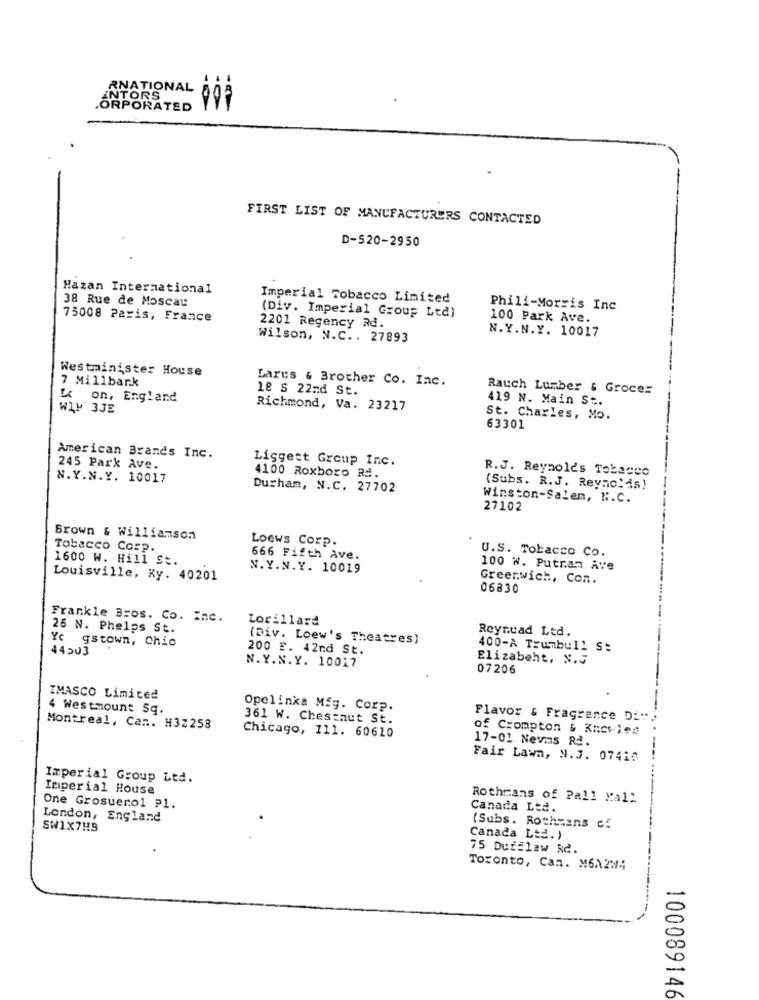
RNATIONAL
INTORS
.ORPORATED
FIRST LIST OF MANUFACTURERS CONTACTED
D-520-2950
Hazan International
38 Rue de Moscau
Imperial Tobacco Limited
Phili-Morris Inc
75008 Paris, France
(Div. Imperial Group Ltd)
100 Park Ave.
2201 Regency Rd.
N.Y.N.Y. 10017
Wilson, N.C .. 27893
Westminister House
7 Millbank
Larus & Brother Co. Inc.
18 S 22nd St.
Rauch Lumber & Groces
on, England
419 N. Main St.
WIN 3JE
Richmond, Va. 23217
St. Charles, Mo.
63301
American Brands Inc.
Liggett Group Inc.
245 Park Ave.
R.J. Reynolds Tobacco
N.Y.N.Y. 10017
4100 Roxboro Rå.
Durham, N.C. 27702
(Subs. R.J. Reynolds)
Winston-Salem, N.C.
27102
Brown & Williamson
Loews Corp.
Tobacco Corp.
666 Fifth Ave.
U.S. Tobacco Co.
1600 W. Hill St.
N.Y.N.Y. 10019
100 W. Putran Ave
Louisville, Ky. 40201
Greenwich, Con.
06830
Frankle Bros. Co. Inc.
Lorillard
26 N. Phelps St.
Reynead Ltd.
Yc gstown, Chic
(Div. Loew's Theatres)
44203
200 E. 42nd St.
400-À Trumbull S:
Elizabeht, N.J
N.Y.N.Y. 10017
07206
IMASCO Limited
4 Westmount Sq.
Opelinka Mig. Corp.
361 W. Chestnut St.
Flavor & Fragrance Di".
Montreal, Can. #32258
of Crompton & Knceles
Chicago, 111. 60620
17-01 Nevmas Rd.
Fair Lawn, N.3. 07410
Imperial Group Ltd.
Imperial House
Rothmans of Pall Mall
One Grosuerol P1.
Canada Ltd.
London, England
SW1X7HS
(Subs. Rothmans cf
Canada Ltd.)
75 Dufflaw Rd.
Toronto, Can. M61234
100089146